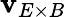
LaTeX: \mathbf{v}_{E\times B}